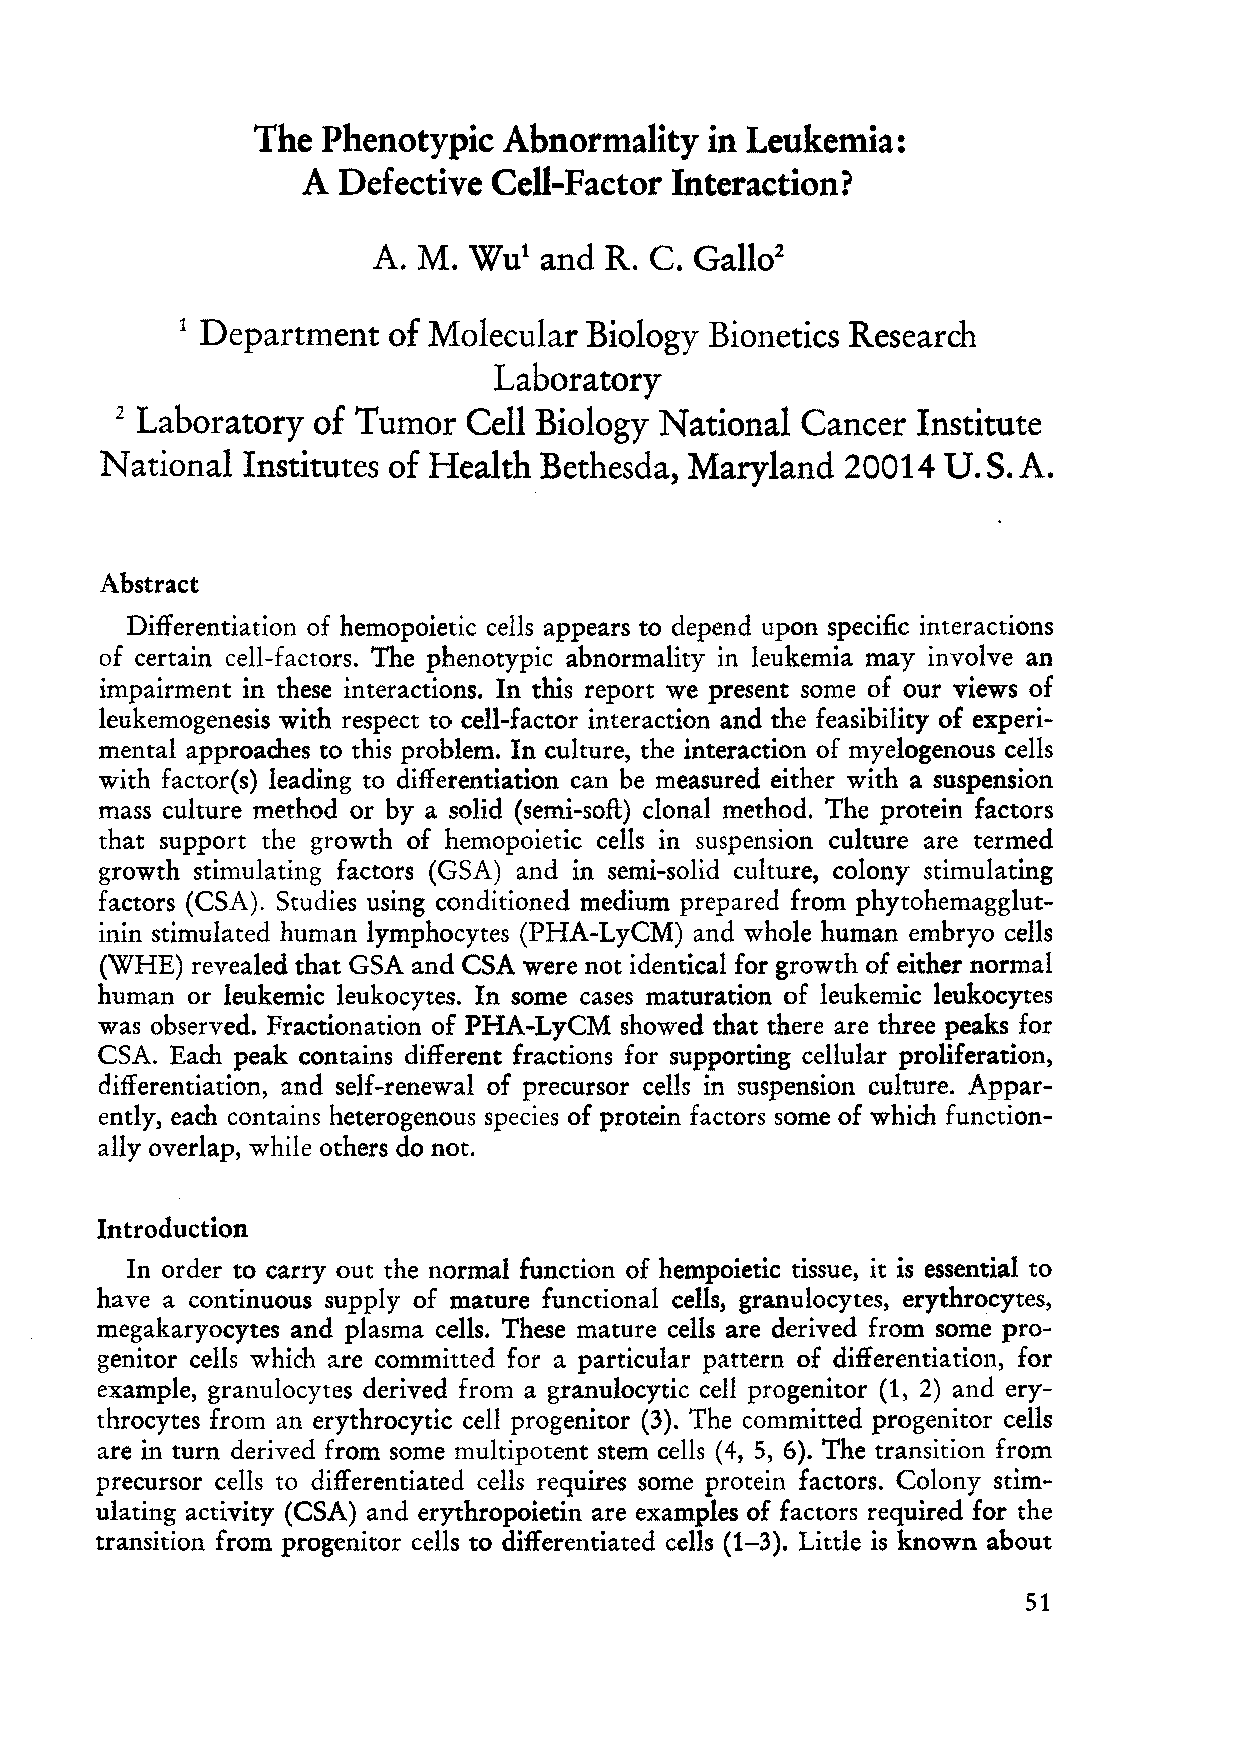
The Phenotypic  Abnormality   in Leukemia:
 A Defective  Cell-Factor Interaction?
 A. M. Wut  and R. C. Gallo2
 Department   of Molecular Biology Bionetics Research
 1
 Laboratory
 Laboratory  of Tumor  Cell Biology National Cancer  Institute
 1
 National Institutes of Health Bethesda, Maryland 20014 U.S.A.
 Abstract
 Differentiation of hemopoietic cells appears to depend upon specific interactions
 of certain cell-factors. The phenotypic abnormality in leukemia may involve an
 impairment in these interactions. In this report we present some of our views of
 leukemogenesis with respect to cell-factor inter action and the feasibility of experi
 mental approaches to this problem. In culture, the interaction of myelogenous cells
 with factor(s) leading to differentiation can be measured either with a suspension
 mass culture method or by asolid (semi-soft) clonal method. The protein factors
 that support the growth of hemopoietic cells in suspension culture are termed
 growth stimulating factors (GSA) and in semi-solid culture, colony stimulating
 factors (CSA). Studies using conditioned medium prepared from phytohemagglut
 inin stimulated human lymphocytes (PHA-LyCM) and whole human embryo ce11s
 (WHE) revealed that GSA and CSA were not identical for growth of either normal
 human or leukemic leukocytes. In some cases maturation of leukemic leukocytes
 was observed. Fractionation of PHA-LyCM showed that there are three peaks for
 CSA. Each peak contains different fractions for supporting cellular proliferation,
 differentiation, and self-renewal of precursor cells in suspension culture. Appar
 ently, each contains heterogenous species of protein factors some of which function
 a11y overlap, while others do not.
 Introduction
 In order to carry out the normal function of hempoietic tissue, it is essential to
 have a continuous supply of mature functional ceIls, granulocytes, erythrocytes,
 megakaryocytes and plasma cells. These mature cells are derived from some pro
 genitor cells which are committed for a particular pattern of differentiation, for
 example, granulocytes derived from a granulocytic cell progenitor (1, 2) and ery
 throcytes from an erythrocytic cell progenitor (3). The committed progenitor cells
 are in turn derived from some multi potent stern cells (4, 5, 6). The transition from
 precursor cells to differentiated cells requires some protein factors. Colony stim
 ulating activity (CSA) and erythropoietin are examples of factors required for the
 transition from progenitor cells to differentiated cells (1-3). Little is known about
 51